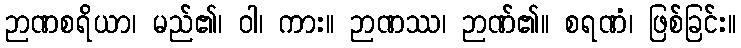
ဉာဏစရိယာ၊ မည်၏၊ ဝါ၊ ကား။ ဉာဏဿ၊ ဉာဏ်၏။ စရဏံ၊ ဖြစ်ခြင်း။